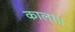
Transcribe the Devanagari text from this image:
काला।।